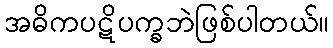
အဓိကပဋိပက္ခဘဲဖြစ်ပါတယ်။